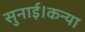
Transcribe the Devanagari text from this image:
सुनाई।कन्या